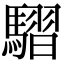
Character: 騽